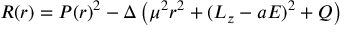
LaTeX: R ( r ) = P ( r ) ^ { 2 } - \Delta \left( \mu ^ { 2 } r ^ { 2 } + ( L _ { z } - a E ) ^ { 2 } + Q \right)